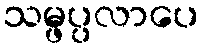
သမ္ဖပ္ပလာပေ